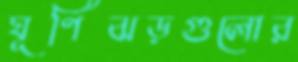
ঘূর্ণিঝড়গুলোর